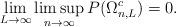
LaTeX: \begin{align*}\lim_{L\to\infty}\limsup_{n\to\infty}P(\Omega_{n,L}^c)=0.\end{align*}